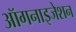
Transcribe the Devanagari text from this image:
ऑगनाइजेशन